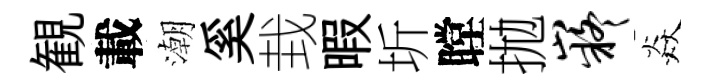
観載潮奚㘽暇圻瞠拋嶷焱